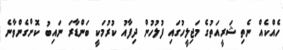
ހެއްކެއް ނެތި ޝަރީއަތުގެ މަޖިލީހުގައި ފުލުހުން ދިފާއު ކުރުމަކީ ބަންޑާރަ ނައިބު ކޮށްގެންވާނެ